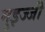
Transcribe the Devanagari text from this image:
मुइज्जी